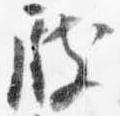
殿